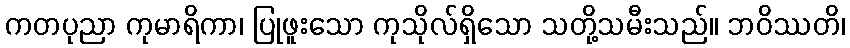
ကတပုညာ ကုမာရိကာ၊ ပြုဖူးသော ကုသိုလ်ရှိသော သတို့သမီးသည်။ ဘဝိဿတိ၊